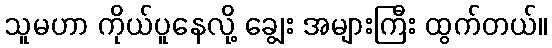
သူမဟာ ကိုယ်ပူနေလို့ ချွေး အများကြီး ထွက်တယ်။